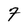
Character: 7